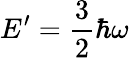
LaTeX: E^{\prime}=\frac{3}{2}\hbar\omega